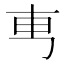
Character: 𠃫